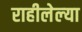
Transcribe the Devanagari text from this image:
राहीलेल्‍या